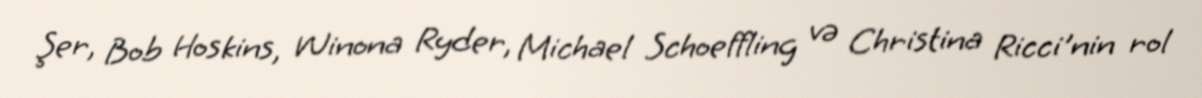
Şer, Bob Hoskins, Winona Ryder, Michael Schoeffling və Christina Ricci'nin rol